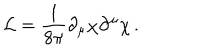
LaTeX: { \cal L } = \frac { 1 } { 8 \pi } \partial _ { \mu } \chi \partial ^ { \mu } \chi \, .